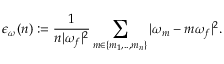
\epsilon _ { \omega } ( n ) : = \frac { 1 } { n | \omega _ { f } | ^ { 2 } } \sum _ { m \in \{ m _ { 1 } , . . , m _ { n } \} } | \omega _ { m } - m \omega _ { f } | ^ { 2 } .